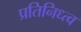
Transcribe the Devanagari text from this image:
प्रतिनिध्त्व